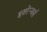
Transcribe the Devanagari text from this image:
बुशरेन्जर्स